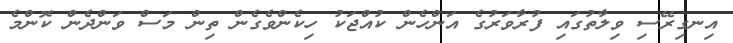
އިނގިރޭސި ވިލާތުގައި ފުރާވަރުގެ އަންހެން ކުއްޖަކު ހިކެންވެގެން ތިން މަސް ވަންދެން ކޮންމެ